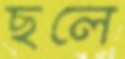
ছলে